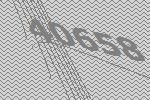
40658